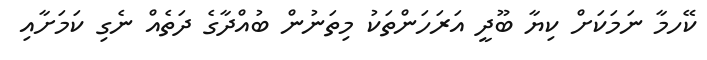
ކޭހމާ ނަމަކަށް ކިޔާ ބޫދީ އަރަހަންތަކު މިތަނުން ބުއްދާގެ ދަތެއް ނެގި ކަމަށާއި